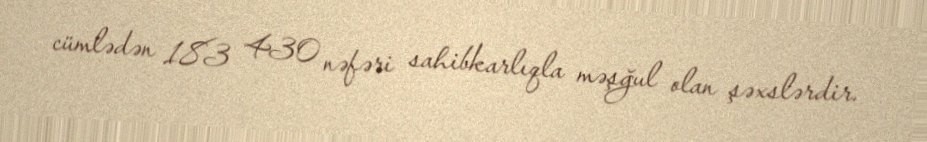
cümlədən 183 430 nəfəri sahibkarlıqla məşğul olan şəxslərdir.